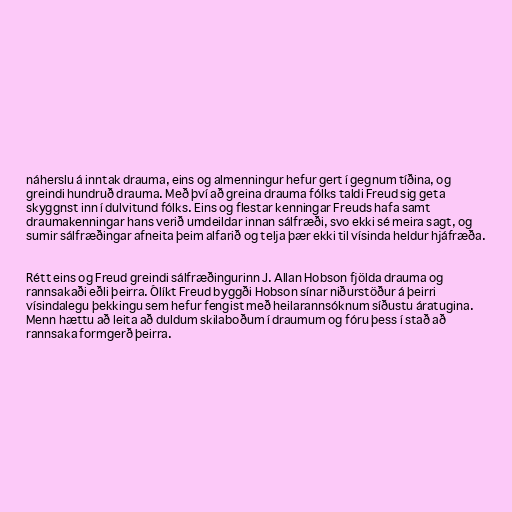
náherslu á inntak drauma, eins og almenningur hefur gert í gegnum tíðina, og
greindi hundruð drauma. Með því að greina drauma fólks taldi Freud sig geta
skyggnst inn í dulvitund fólks. Eins og flestar kenningar Freuds hafa samt
draumakenningar hans verið umdeildar innan sálfræði, svo ekki sé meira sagt, og
sumir sálfræðingar afneita þeim alfarið og telja þær ekki til vísinda heldur hjáfræða.

Rétt eins og Freud greindi sálfræðingurinn J. Allan Hobson fjölda drauma og
rannsakaði eðli þeirra. Ólíkt Freud byggði Hobson sínar niðurstöður á þeirri
vísindalegu þekkingu sem hefur fengist með heilarannsóknum síðustu áratugina.
Menn hættu að leita að duldum skilaboðum í draumum og fóru þess í stað að
rannsaka formgerð þeirra.